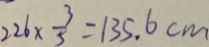
2 2 6 \times \frac { 3 } { 5 } = 1 3 5 . 6 c m